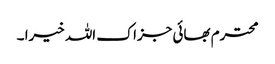
محترم بھائی جزاک اللہ خیرا ۔